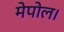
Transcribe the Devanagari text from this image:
मेपोल।